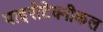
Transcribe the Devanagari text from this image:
पाइरोटेक्नीकल